Annual returns of the Patna Lunatic Asylum at Bankipore in Bihar and Orissa - 1912-1924
Year: 1912
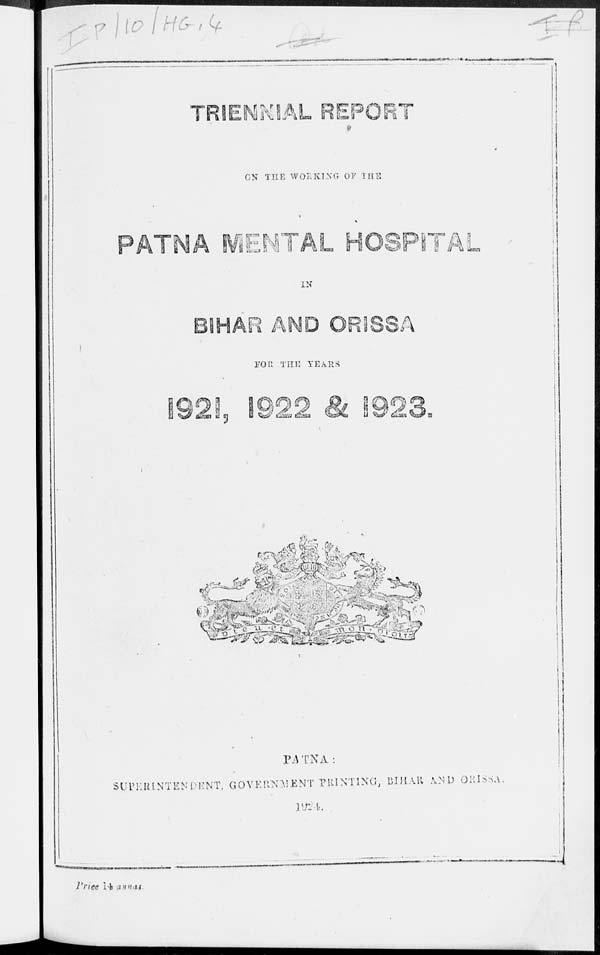
TRIENNIAL REPORT
ON THE WORKING OF THE
PATNA MENTAL HOSPITAL
IN
BIHAR AND ORISSA
FOR THE YEARS
1921,1922 & 1923.
PATNA :
SUPERINTENDENT, GOVERNMENT PRINTING, BIHAR AND ORISSA
1924.
Price 14 annas.